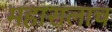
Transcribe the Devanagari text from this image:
महारालाच